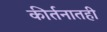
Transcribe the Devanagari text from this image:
कीर्तनातही